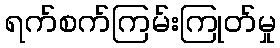
ရက်စက်ကြမ်းကြုတ်မှု